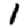
Digit: 1